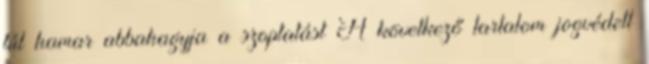
túl hamar abbahagyja a szoptatást A következő tartalom jogvédett